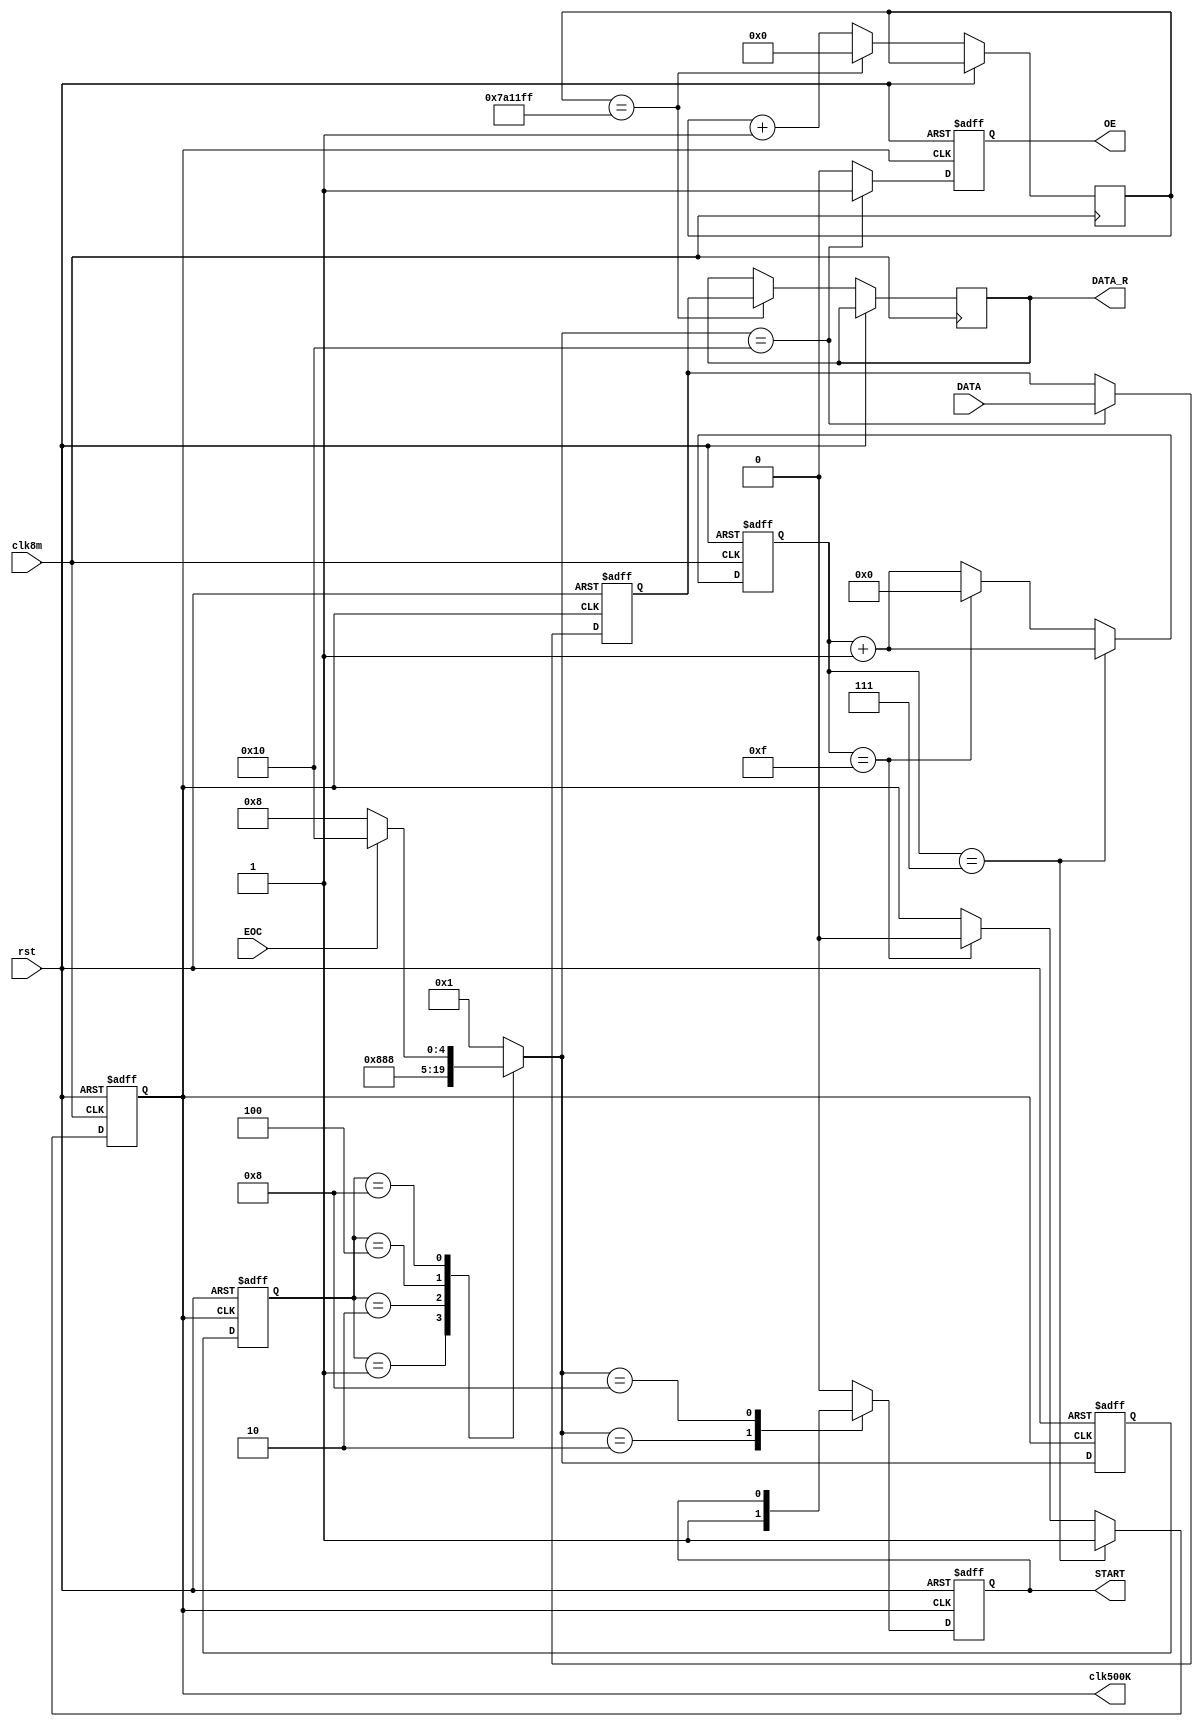
`timescale 1ns / 1ps
//////////////////////////////////////////////////////////////////////////////////
// Company: 
// Engineer: 
// 
// Design Name: 
// Module Name:    ADC 
// Project Name: 
// Target Devices: 
// Tool versions: 
// Description: 
//
// Dependencies: 
//
// Revision: 
// Revision 0.01 - File Created
// Additional Comments: 
//
//////////////////////////////////////////////////////////////////////////////////
	    module adcF(
		  input clk8m,
		  output clk500K,
		  input rst,
		  input EOC,             
		  output reg START,
		  output reg OE,
		  input [7:0] DATA,
		  output reg [7:0] DATA_R
		  );
		  
		  reg [4:0]  CS,NS;  
		  reg [7:0]  clk_cnt = 0;
		  reg [24:0]  cnt1s;
		  reg [7:0]  data_reg;
        reg clk_out = 0; 
		  
		  parameter   IDLE=5'b00001,
							START_H=5'b00010,
							START_L=5'b00100,
							CHECK_END=5'b01000,
							GET_DATA=5'b10000;  

			assign clk500K = clk_out;
							
			always@(posedge clk8m or posedge rst)
				if(rst)
					begin
						clk_cnt<=0;
						clk_out<=0;
					end
				else
					begin
						if(clk_cnt==7)
							begin
								clk_out<=1;
								clk_cnt<=clk_cnt+1;
							end
						else if(clk_cnt==15)
							begin
								clk_out<=0;
								clk_cnt<=0;
							end
						else
							clk_cnt<=clk_cnt+1;
						if(cnt1s==7999999)
							begin
								cnt1s<=0;
								DATA_R<=data_reg;
							end
						else
							cnt1s<=cnt1s+1;

					end
			always@(posedge clk500K or posedge rst)
				if(rst)
					begin
						CS<=IDLE;
						NS=IDLE;
						START<=0;
						OE<=0;
						data_reg<=0;
					end
				else
					begin
						CS<=NS;
						case(CS)
							IDLE:	NS=START_H;
							START_H:	NS=START_L;
							START_L:        NS=CHECK_END; 
							CHECK_END:  if(EOC)       NS=GET_DATA;  else    NS=CHECK_END; 
							GET_DATA:        NS=IDLE;      
							default:        NS=IDLE; 
						endcase
						case(NS) 
							IDLE: begin  OE<=0;   START<=0; end
							START_H:  begin OE<=0;  START<=1;   end
							START_L:   begin OE<=0; START<=0; end
							CHECK_END:  begin   OE<=0;end
							GET_DATA:   begin   OE<=1;
													START<=0;   
													data_reg<=DATA;
													end   
							default:   begin   OE<=0;  START<=0; end 
 
						endcase 
					end
						
endmodule